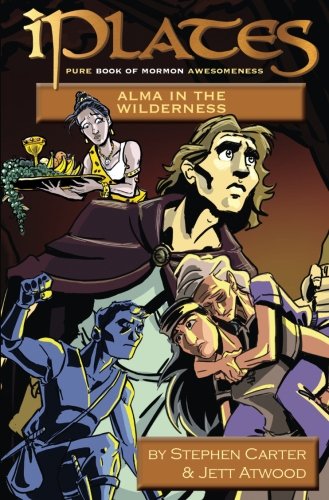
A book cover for iPlates: Volume 2: Part I: Alma in the Wilderness: Book of Mormon Comics; Stephen Carter; Comics & Graphic Novels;